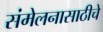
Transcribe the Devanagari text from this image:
संमेलनासाठीचे